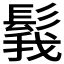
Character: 𩭝